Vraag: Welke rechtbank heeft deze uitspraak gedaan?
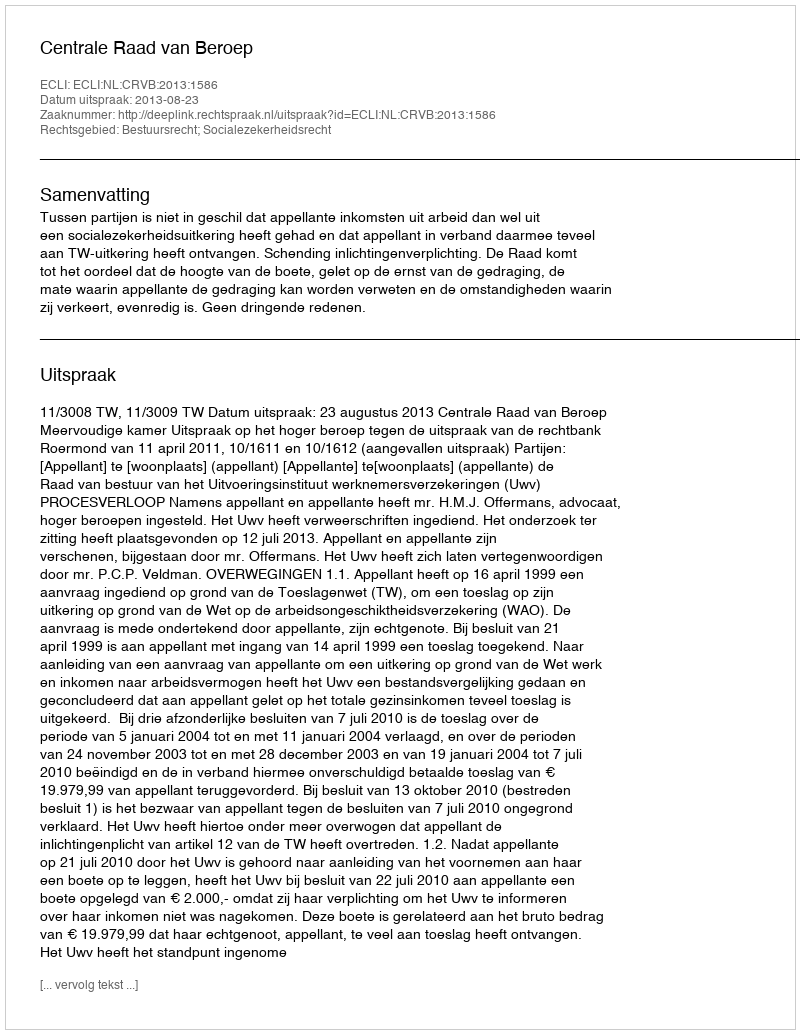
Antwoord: Centrale Raad van Beroep